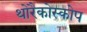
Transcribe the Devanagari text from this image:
थोरैकोस्कोप